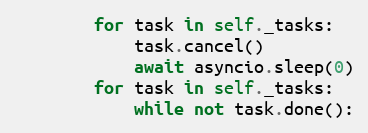
Language: Python
        for task in self._tasks:
            task.cancel()
            await asyncio.sleep(0)
        for task in self._tasks:
            while not task.done():